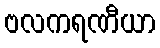
ဗလကရဏီယာ